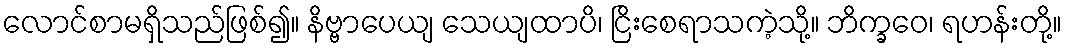
လောင်စာမရှိသည်ဖြစ်၍။ နိဗ္ဗာပေယျ သေယျထာပိ၊ ငြိးစေရာသကဲ့သို့။ ဘိက္ခဝေ၊ ရဟန်းတို့။